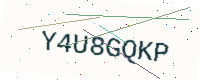
Text: Y4U8GQKP